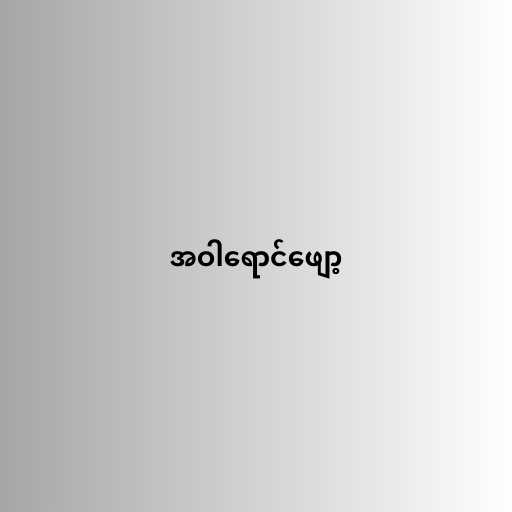
အဝါရောင်ဖျော့